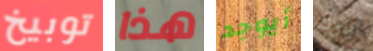
توبيخ هذا أيوجد ايرك